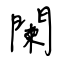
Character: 闌